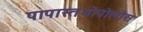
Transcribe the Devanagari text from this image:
पापास्तथोपोलोस